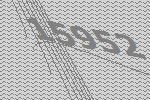
15952